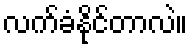
လက်ခံနိုင်တာလဲ။